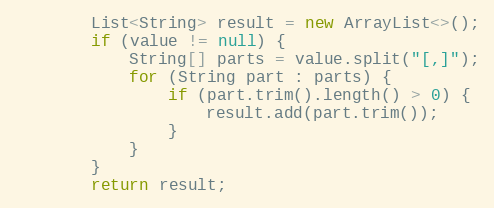
Language: Java
		List<String> result = new ArrayList<>();
		if (value != null) {
			String[] parts = value.split("[,]");
			for (String part : parts) {
				if (part.trim().length() > 0) {
					result.add(part.trim());
				}
			}
		}
		return result;